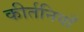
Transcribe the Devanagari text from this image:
कीर्तनियाँ